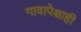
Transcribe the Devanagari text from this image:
गावापेक्षाही